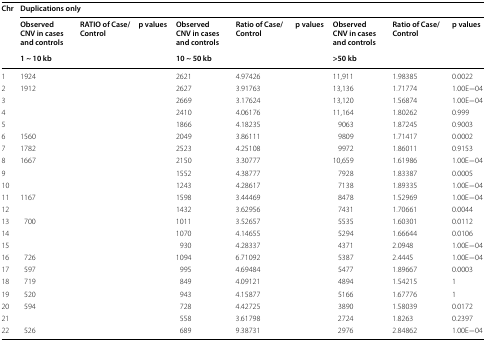
<table><thead><tr><td rowspan="3"><b>Chr</b></td><td colspan="9"><b>Duplications only</b></td></tr><tr><td><b>Observed CNV in cases and controls</b></td><td><b>RATIO of Case/Control</b></td><td><b>p values</b></td><td><b>Observed CNV in cases and controls</b></td><td><b>Ratio of Case/Control</b></td><td><b>p values</b></td><td><b>Observed CNV in cases and controls</b></td><td><b>Ratio of Case/Control</b></td><td><b>p values</b></td></tr><tr><td colspan="3"><b>1 ~ 10 kb</b></td><td colspan="3"><b>10 ~ 50 kb</b></td><td colspan="3"><b>&gt;50 kb</b></td></tr></thead><tbody><tr><td>1</td><td>1924</td><td>[EMPTY_CELL]</td><td>[EMPTY_CELL]</td><td>2621</td><td>4.97426</td><td>[EMPTY_CELL]</td><td>11,911</td><td>1.98385</td><td>0.0022</td></tr><tr><td>2</td><td>1912</td><td>[EMPTY_CELL]</td><td>[EMPTY_CELL]</td><td>2627</td><td>3.91763</td><td>[EMPTY_CELL]</td><td>13,136</td><td>1.71774</td><td>1.00E−04</td></tr><tr><td>3</td><td>[EMPTY_CELL]</td><td>[EMPTY_CELL]</td><td>[EMPTY_CELL]</td><td>2669</td><td>3.17624</td><td>[EMPTY_CELL]</td><td>13,120</td><td>1.56874</td><td>1.00E−04</td></tr><tr><td>4</td><td>[EMPTY_CELL]</td><td>[EMPTY_CELL]</td><td>[EMPTY_CELL]</td><td>2410</td><td>4.06176</td><td>[EMPTY_CELL]</td><td>11,164</td><td>1.80262</td><td>0.999</td></tr><tr><td>5</td><td>[EMPTY_CELL]</td><td>[EMPTY_CELL]</td><td>[EMPTY_CELL]</td><td>1866</td><td>4.18235</td><td>[EMPTY_CELL]</td><td>9063</td><td>1.87245</td><td>0.9003</td></tr><tr><td>6</td><td>1560</td><td>[EMPTY_CELL]</td><td>[EMPTY_CELL]</td><td>2049</td><td>3.86111</td><td>[EMPTY_CELL]</td><td>9809</td><td>1.71417</td><td>0.0002</td></tr><tr><td>7</td><td>1782</td><td>[EMPTY_CELL]</td><td>[EMPTY_CELL]</td><td>2523</td><td>4.25108</td><td>[EMPTY_CELL]</td><td>9972</td><td>1.86011</td><td>0.9153</td></tr><tr><td>8</td><td>1667</td><td>[EMPTY_CELL]</td><td>[EMPTY_CELL]</td><td>2150</td><td>3.30777</td><td>[EMPTY_CELL]</td><td>10,659</td><td>1.61986</td><td>1.00E−04</td></tr><tr><td>9</td><td>[EMPTY_CELL]</td><td>[EMPTY_CELL]</td><td>[EMPTY_CELL]</td><td>1552</td><td>4.38777</td><td>[EMPTY_CELL]</td><td>7928</td><td>1.83387</td><td>0.0005</td></tr><tr><td>10</td><td>[EMPTY_CELL]</td><td>[EMPTY_CELL]</td><td>[EMPTY_CELL]</td><td>1243</td><td>4.28617</td><td>[EMPTY_CELL]</td><td>7138</td><td>1.89335</td><td>1.00E−04</td></tr><tr><td>11</td><td>1167</td><td>[EMPTY_CELL]</td><td>[EMPTY_CELL]</td><td>1598</td><td>3.44469</td><td>[EMPTY_CELL]</td><td>8478</td><td>1.52969</td><td>1.00E−04</td></tr><tr><td>12</td><td>[EMPTY_CELL]</td><td>[EMPTY_CELL]</td><td>[EMPTY_CELL]</td><td>1432</td><td>3.62956</td><td>[EMPTY_CELL]</td><td>7431</td><td>1.70661</td><td>0.0044</td></tr><tr><td>13</td><td>700</td><td>[EMPTY_CELL]</td><td>[EMPTY_CELL]</td><td>1011</td><td>3.52657</td><td>[EMPTY_CELL]</td><td>5535</td><td>1.60301</td><td>0.0112</td></tr><tr><td>14</td><td>[EMPTY_CELL]</td><td>[EMPTY_CELL]</td><td>[EMPTY_CELL]</td><td>1070</td><td>4.14655</td><td>[EMPTY_CELL]</td><td>5294</td><td>1.66644</td><td>0.0106</td></tr><tr><td>15</td><td>[EMPTY_CELL]</td><td>[EMPTY_CELL]</td><td>[EMPTY_CELL]</td><td>930</td><td>4.28337</td><td>[EMPTY_CELL]</td><td>4371</td><td>2.0948</td><td>1.00E−04</td></tr><tr><td>16</td><td>726</td><td>[EMPTY_CELL]</td><td>[EMPTY_CELL]</td><td>1094</td><td>6.71092</td><td>[EMPTY_CELL]</td><td>5387</td><td>2.4445</td><td>1.00E−04</td></tr><tr><td>17</td><td>597</td><td>[EMPTY_CELL]</td><td>[EMPTY_CELL]</td><td>995</td><td>4.69484</td><td>[EMPTY_CELL]</td><td>5477</td><td>1.89667</td><td>0.0003</td></tr><tr><td>18</td><td>719</td><td>[EMPTY_CELL]</td><td>[EMPTY_CELL]</td><td>849</td><td>4.09121</td><td>[EMPTY_CELL]</td><td>4894</td><td>1.54215</td><td>1</td></tr><tr><td>19</td><td>520</td><td>[EMPTY_CELL]</td><td>[EMPTY_CELL]</td><td>943</td><td>4.15877</td><td>[EMPTY_CELL]</td><td>5166</td><td>1.67776</td><td>1</td></tr><tr><td>20</td><td>594</td><td>[EMPTY_CELL]</td><td>[EMPTY_CELL]</td><td>728</td><td>4.42725</td><td>[EMPTY_CELL]</td><td>3890</td><td>1.58039</td><td>0.0172</td></tr><tr><td>21</td><td>[EMPTY_CELL]</td><td>[EMPTY_CELL]</td><td>[EMPTY_CELL]</td><td>558</td><td>3.61798</td><td>[EMPTY_CELL]</td><td>2724</td><td>1.8263</td><td>0.2397</td></tr><tr><td>22</td><td>526</td><td>[EMPTY_CELL]</td><td>[EMPTY_CELL]</td><td>689</td><td>9.38731</td><td>[EMPTY_CELL]</td><td>2976</td><td>2.84862</td><td>1.00E−04</td></tr></tbody></table>